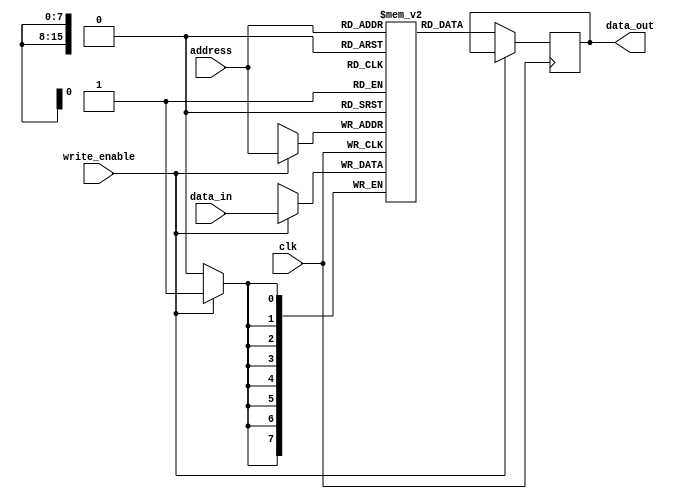
/**************************************************
P1.1 SINGLE PORT SYNCHRONOUS SRAM 64K Bytes
************************************************/

module sram(
	input write_enable,
	input [15:0] address,
	input [7:0] data_in,
	input clk,
	output reg [7:0] data_out );

	reg [7:0] memory[65535:0];

	always@(posedge clk)
		if(write_enable)
			memory[address]<=data_in; else
		data_out<=memory[address];

endmodule